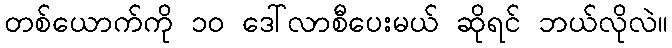
တစ်ယောက်ကို ၁၀ ဒေါ်လာစီပေးမယ် ဆိုရင် ဘယ်လိုလဲ။